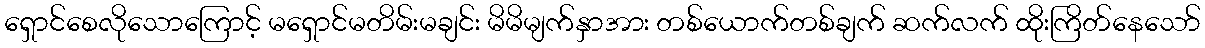
ရှောင်စေလိုသောကြောင့် မရှောင်မတိမ်းမချင်း မိမိမျက်နှာအား တစ်ယောက်တစ်ချက် ဆက်လက် ထိုးကြိတ်နေသော်